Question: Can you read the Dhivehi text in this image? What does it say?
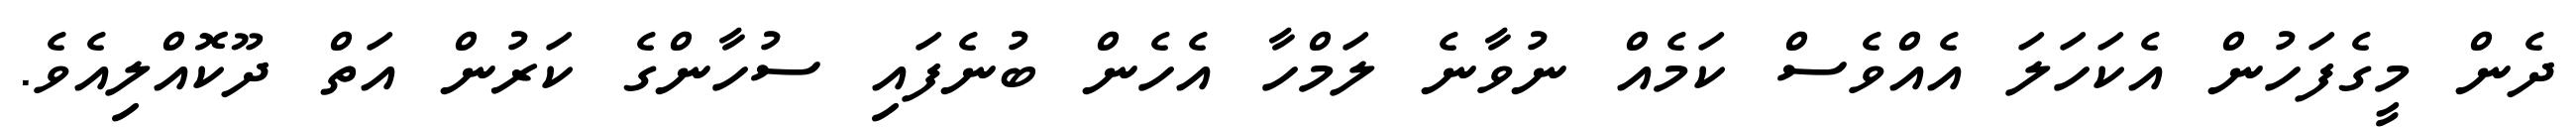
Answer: ދެން މީގެފަހުން އެކަހަލަ އެއްވެސް ކަމެއް ނުވާނެ ލަމްހާ އެހެން ބުނެފައި ސުހާންގެ ކަރުން އަތް ދޫކޮއްލިއެވެ.